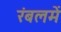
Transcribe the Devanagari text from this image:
रंबलमें